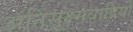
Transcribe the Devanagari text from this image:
अतिसूक्ष्मवादियों